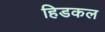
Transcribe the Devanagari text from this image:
हिडकल